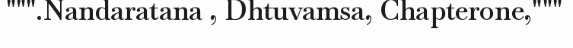
""".Nandaratana , Dhtuvamsa, Chapterone,"""